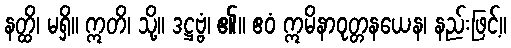
နတ္ထိ၊ မရှိ။ ဣတိ၊ သို့။ ဒဋ္ဌဗ္ဗံ၊ ၏။ ဧဝံ ဣမိနာဝုတ္တနယေန၊ နည်းဖြင့်။